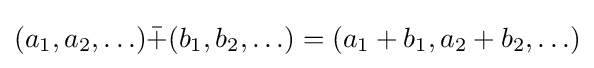
(a_{1},a_{2},\ldots ){\bar {+}}(b_{1},b_{2},\ldots )=(a_{1}+b_{1},a_{2}+b_{2},\ldots )